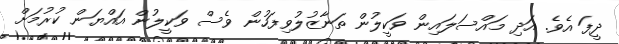
ދީފަ އެވެ. އަދި މައްސަލައިން ވަކީލުން ތަނާޒުލުވިފަހުން ވެސް ވަކީލުން އައްޔަން ކުރުމަށް